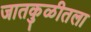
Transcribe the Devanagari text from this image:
जातकुळीतला